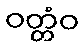
ဝတ္တံဝ